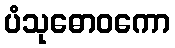
ပံသုဓောဝကော